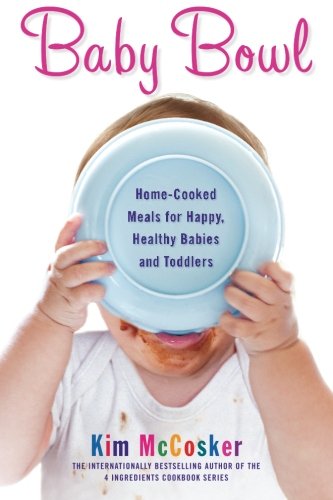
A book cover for Baby Bowl: Home-Cooked Meals for Happy, Healthy Babies and Toddlers (Atria Non Fiction Original Trade); Kim McCosker; Cookbooks, Food & Wine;